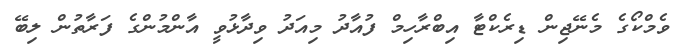
ވެމްކޯގެ މެނޭޖިން ޑިރެކްޓާ އިބްރާހިމް ފުއާދު މިއަދު ވިދާޅުވީ އާންމުންގެ ފަރާތުން ލިބޭ